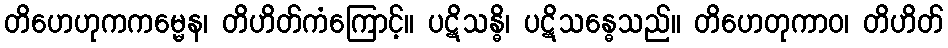
တိဟေဟုကကမ္မေန၊ တိဟိတ်ကံကြောင့်။ ပဋိသန္ဓိ၊ ပဋိသန္ဓေသည်။ တိဟေတုကာဝ၊ တိဟိတ်